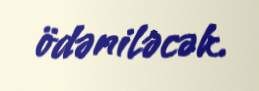
ödəniləcək.